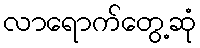
လာရောက်တွေ့ဆုံ